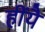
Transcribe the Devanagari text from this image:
हींयै